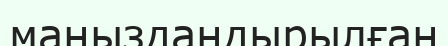
маңыздандырылған